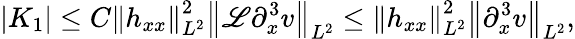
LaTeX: |K_{1}|\leq C\left\| h_{xx}\right\| _{L^{2}}^{2}\left\| \mathscr{L}\partial_{x}^{3}v\right\| _{L^{2}}\leq\left\| h_{xx}\right\| _{L^{2}}^{2}\left\| \partial_{x}^{3}v\right\| _{L^{2}},